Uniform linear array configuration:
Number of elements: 64
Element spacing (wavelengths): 0.5
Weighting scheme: hann
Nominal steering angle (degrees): -45
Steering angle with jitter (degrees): -45.325
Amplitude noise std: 0.05
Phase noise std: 0.05

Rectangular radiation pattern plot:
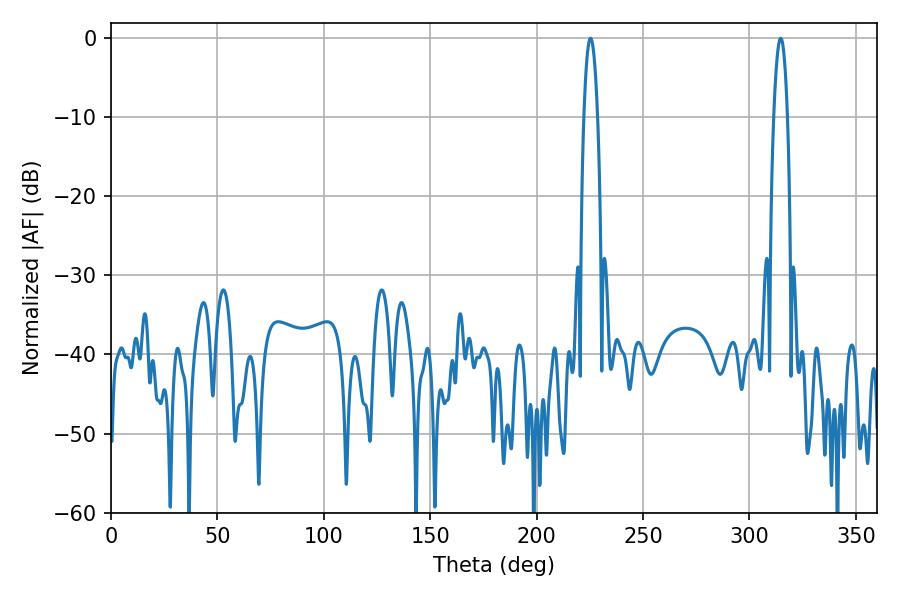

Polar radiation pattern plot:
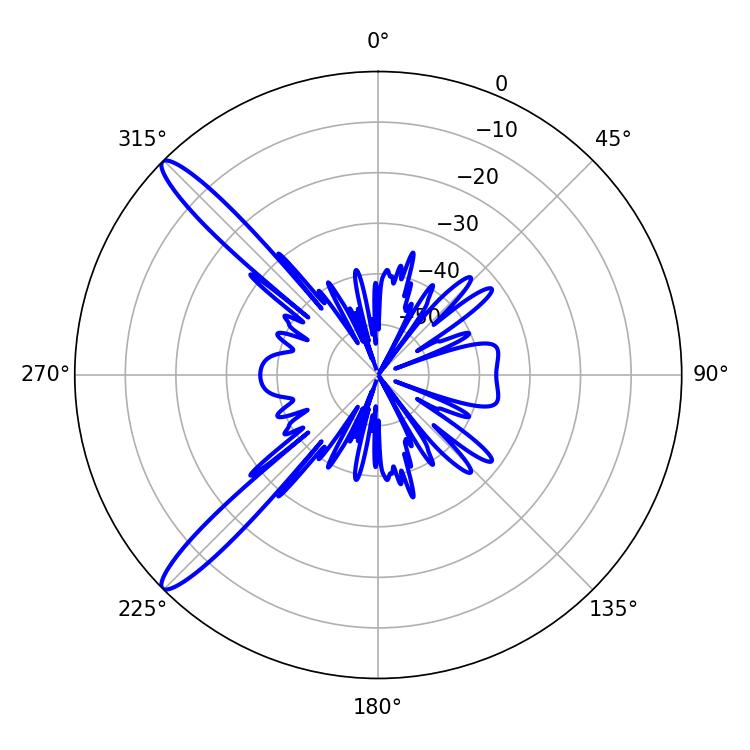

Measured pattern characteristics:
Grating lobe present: FALSE
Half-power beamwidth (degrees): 3.6
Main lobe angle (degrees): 225.36